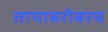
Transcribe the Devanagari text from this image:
तापाबरोबरच